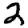
Digit: 2